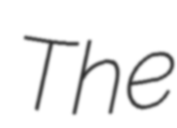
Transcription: The